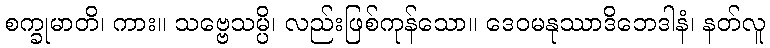
စက္ခုမာတိ၊ ကား။ သဗ္ဗေသမ္ပိ၊ လည်းဖြစ်ကုန်သော။ ဒေဝမနုဿာဒိဘေဒါနံ၊ နတ်လူ